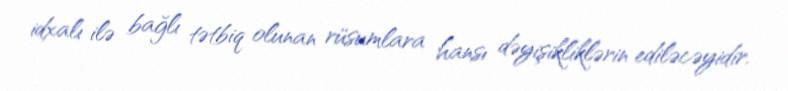
idxalı ilə bağlı tətbiq olunan rüsumlara hansı dəyişikliklərin ediləcəyidir.